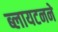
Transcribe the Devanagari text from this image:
ब्लायटनने